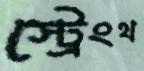
স্ট্রেংথ